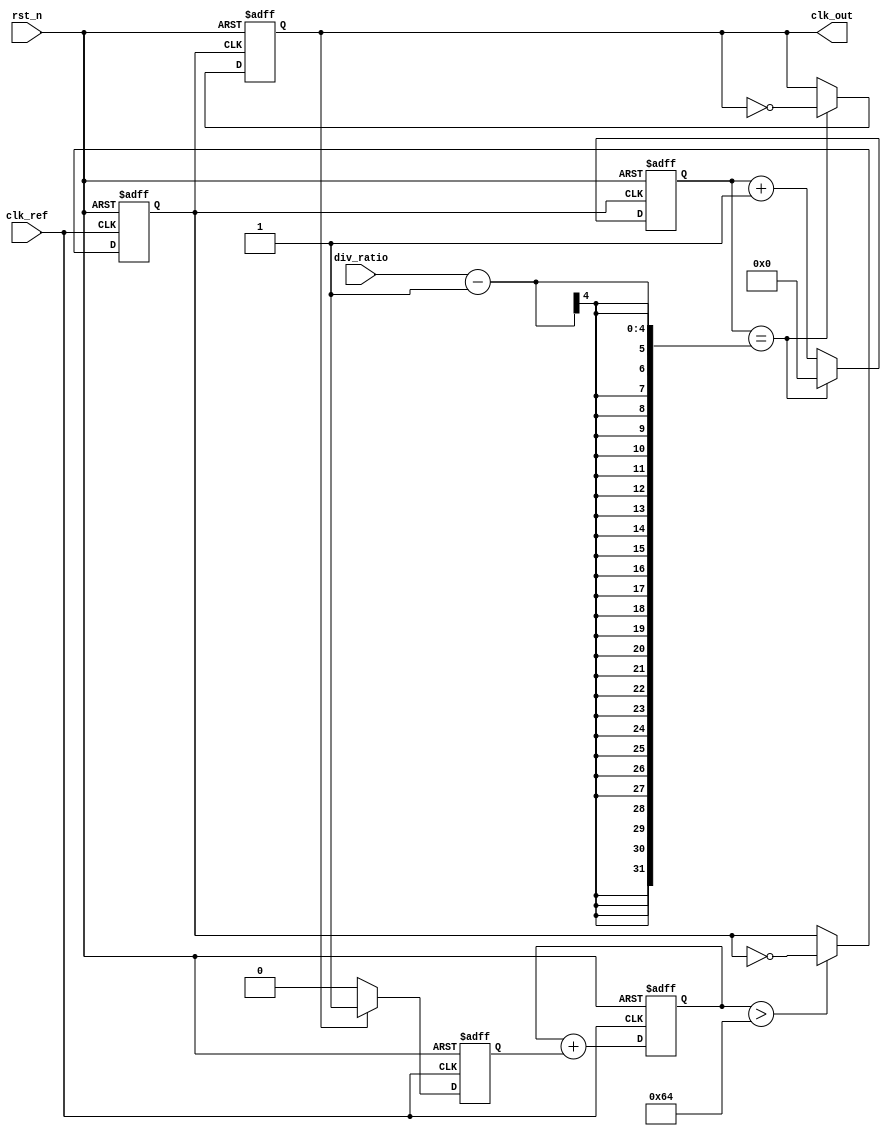
module low_jitter_pll (
    input wire clk_ref,           // Reference clock input
    input wire rst_n,            // Active low reset
    input wire [3:0] div_ratio,  // Division ratio for frequency divider
    output reg clk_out           // Output clock signal
);

// Internal signals
reg [3:0] clk_div_counter;       // Divider counter
reg phase_error;                  // Phase error signal
reg [7:0] control_voltage;        // Control voltage for VCO
reg vco_clk;                      // VCO clock signal

// Phase Detector (PD)
always @(posedge clk_ref or negedge rst_n) begin
    if (!rst_n) begin
        phase_error <= 0;
    end else begin
        // Simple phase detector: phase comparison logic
        if (clk_out) begin
            phase_error <= 1; // Example of phase error signal
        end else begin
            phase_error <= 0;
        end
    end
end

// Loop Filter (LF)
always @(posedge clk_ref or negedge rst_n) begin
    if (!rst_n) begin
        control_voltage <= 0;
    end else begin
        // Simple loop filter: integrate phase error
        control_voltage <= control_voltage + phase_error;
    end
end

// Voltage-Controlled Oscillator (VCO)
always @(posedge clk_ref or negedge rst_n) begin
    if (!rst_n) begin
        vco_clk <= 0;
    end else begin
        // Simple VCO model: frequency based on control voltage
        if (control_voltage > 100) begin
            vco_clk <= ~vco_clk; // Toggle VCO clock based on control voltage
        end
    end
end

// Frequency Divider
always @(posedge vco_clk or negedge rst_n) begin
    if (!rst_n) begin
        clk_div_counter <= 0;
        clk_out <= 0;
    end else begin
        if (clk_div_counter == div_ratio - 1) begin
            clk_out <= ~clk_out; // Toggle output clock
            clk_div_counter <= 0; // Reset counter
        end else begin
            clk_div_counter <= clk_div_counter + 1; // Increment counter
        end
    end
end

endmodule